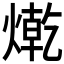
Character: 𤍯